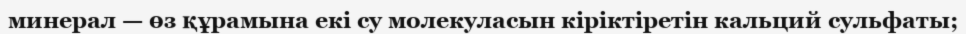
минерал — өз құрамына екі су молекуласын кіріктіретін кальций сульфаты;